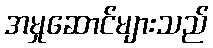
အမှုဆောင်များသည်